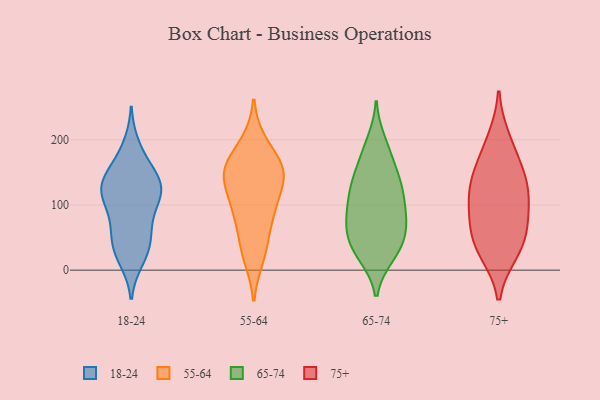
{"axis": {"x": "Revenue (USD Million)", "y": "Value"}, "legend": ["18-24", "55-64", "65-74", "75+"], "data": [{"x": "", "y": 127, "type": "18-24"}, {"x": "", "y": 80, "type": "18-24"}, {"x": "", "y": 171, "type": "18-24"}, {"x": "", "y": 126, "type": "18-24"}, {"x": "", "y": 17, "type": "18-24"}, {"x": "", "y": 67, "type": "18-24"}, {"x": "", "y": 146, "type": "18-24"}, {"x": "", "y": 105, "type": "18-24"}, {"x": "", "y": 122, "type": "18-24"}, {"x": "", "y": 137, "type": "18-24"}, {"x": "", "y": 116, "type": "18-24"}, {"x": "", "y": 142, "type": "18-24"}, {"x": "", "y": 113, "type": "18-24"}, {"x": "", "y": 57, "type": "18-24"}, {"x": "", "y": 24, "type": "18-24"}, {"x": "", "y": 40, "type": "18-24"}, {"x": "", "y": 36, "type": "18-24"}, {"x": "", "y": 190, "type": "18-24"}, {"x": "", "y": 151, "type": "55-64"}, {"x": "", "y": 196, "type": "55-64"}, {"x": "", "y": 46, "type": "55-64"}, {"x": "", "y": 118, "type": "55-64"}, {"x": "", "y": 156, "type": "55-64"}, {"x": "", "y": 154, "type": "55-64"}, {"x": "", "y": 88, "type": "55-64"}, {"x": "", "y": 19, "type": "55-64"}, {"x": "", "y": 150, "type": "55-64"}, {"x": "", "y": 92, "type": "55-64"}, {"x": "", "y": 84, "type": "65-74"}, {"x": "", "y": 53, "type": "65-74"}, {"x": "", "y": 182, "type": "65-74"}, {"x": "", "y": 72, "type": "65-74"}, {"x": "", "y": 82, "type": "65-74"}, {"x": "", "y": 71, "type": "65-74"}, {"x": "", "y": 172, "type": "65-74"}, {"x": "", "y": 87, "type": "65-74"}, {"x": "", "y": 127, "type": "65-74"}, {"x": "", "y": 137, "type": "65-74"}, {"x": "", "y": 23, "type": "65-74"}, {"x": "", "y": 136, "type": "65-74"}, {"x": "", "y": 114, "type": "65-74"}, {"x": "", "y": 42, "type": "65-74"}, {"x": "", "y": 45, "type": "65-74"}, {"x": "", "y": 197, "type": "65-74"}, {"x": "", "y": 23, "type": "65-74"}, {"x": "", "y": 141, "type": "65-74"}, {"x": "", "y": 29, "type": "65-74"}, {"x": "", "y": 112, "type": "65-74"}, {"x": "", "y": 133, "type": "75+"}, {"x": "", "y": 29, "type": "75+"}, {"x": "", "y": 33, "type": "75+"}, {"x": "", "y": 143, "type": "75+"}, {"x": "", "y": 74, "type": "75+"}, {"x": "", "y": 200, "type": "75+"}, {"x": "", "y": 117, "type": "75+"}, {"x": "", "y": 111, "type": "75+"}, {"x": "", "y": 78, "type": "75+"}, {"x": "", "y": 171, "type": "75+"}, {"x": "", "y": 47, "type": "75+"}]}